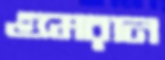
গুমরান